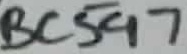
Text: BC547